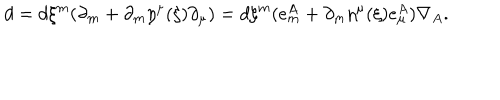
LaTeX: d = d \xi ^ { m } ( \partial _ { m } + \partial _ { m } \eta ^ { \mu } ( \xi ) \partial _ { \mu } ) = d \xi ^ { m } ( e _ { m } ^ { A } + \partial _ { m } \eta ^ { \mu } ( \xi ) e _ { \mu } ^ { A } ) \nabla _ { A } .